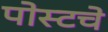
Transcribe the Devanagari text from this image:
पोस्टचे